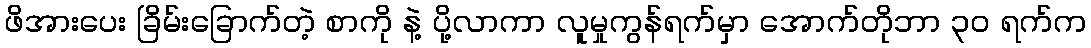
ဖိအားပေး ခြိမ်းခြောက်တဲ့ စာကို နဲ့ ပို့လာကာ လူမှုကွန်ရက်မှာ အောက်တိုဘာ ၃၀ ရက်က